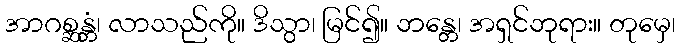
အာဂစ္ဆန္တံ၊ လာသည်ကို။ ဒိသွာ၊ မြင်၍။ ဘန္တေ၊ အရှင်ဘုရား။ တုမှေ၊